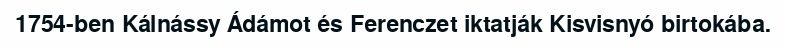
1754-ben Kálnássy Ádámot és Ferenczet iktatják Kisvisnyó birtokába.